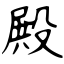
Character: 殿